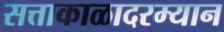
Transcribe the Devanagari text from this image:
सत्ताकाळादरम्यान